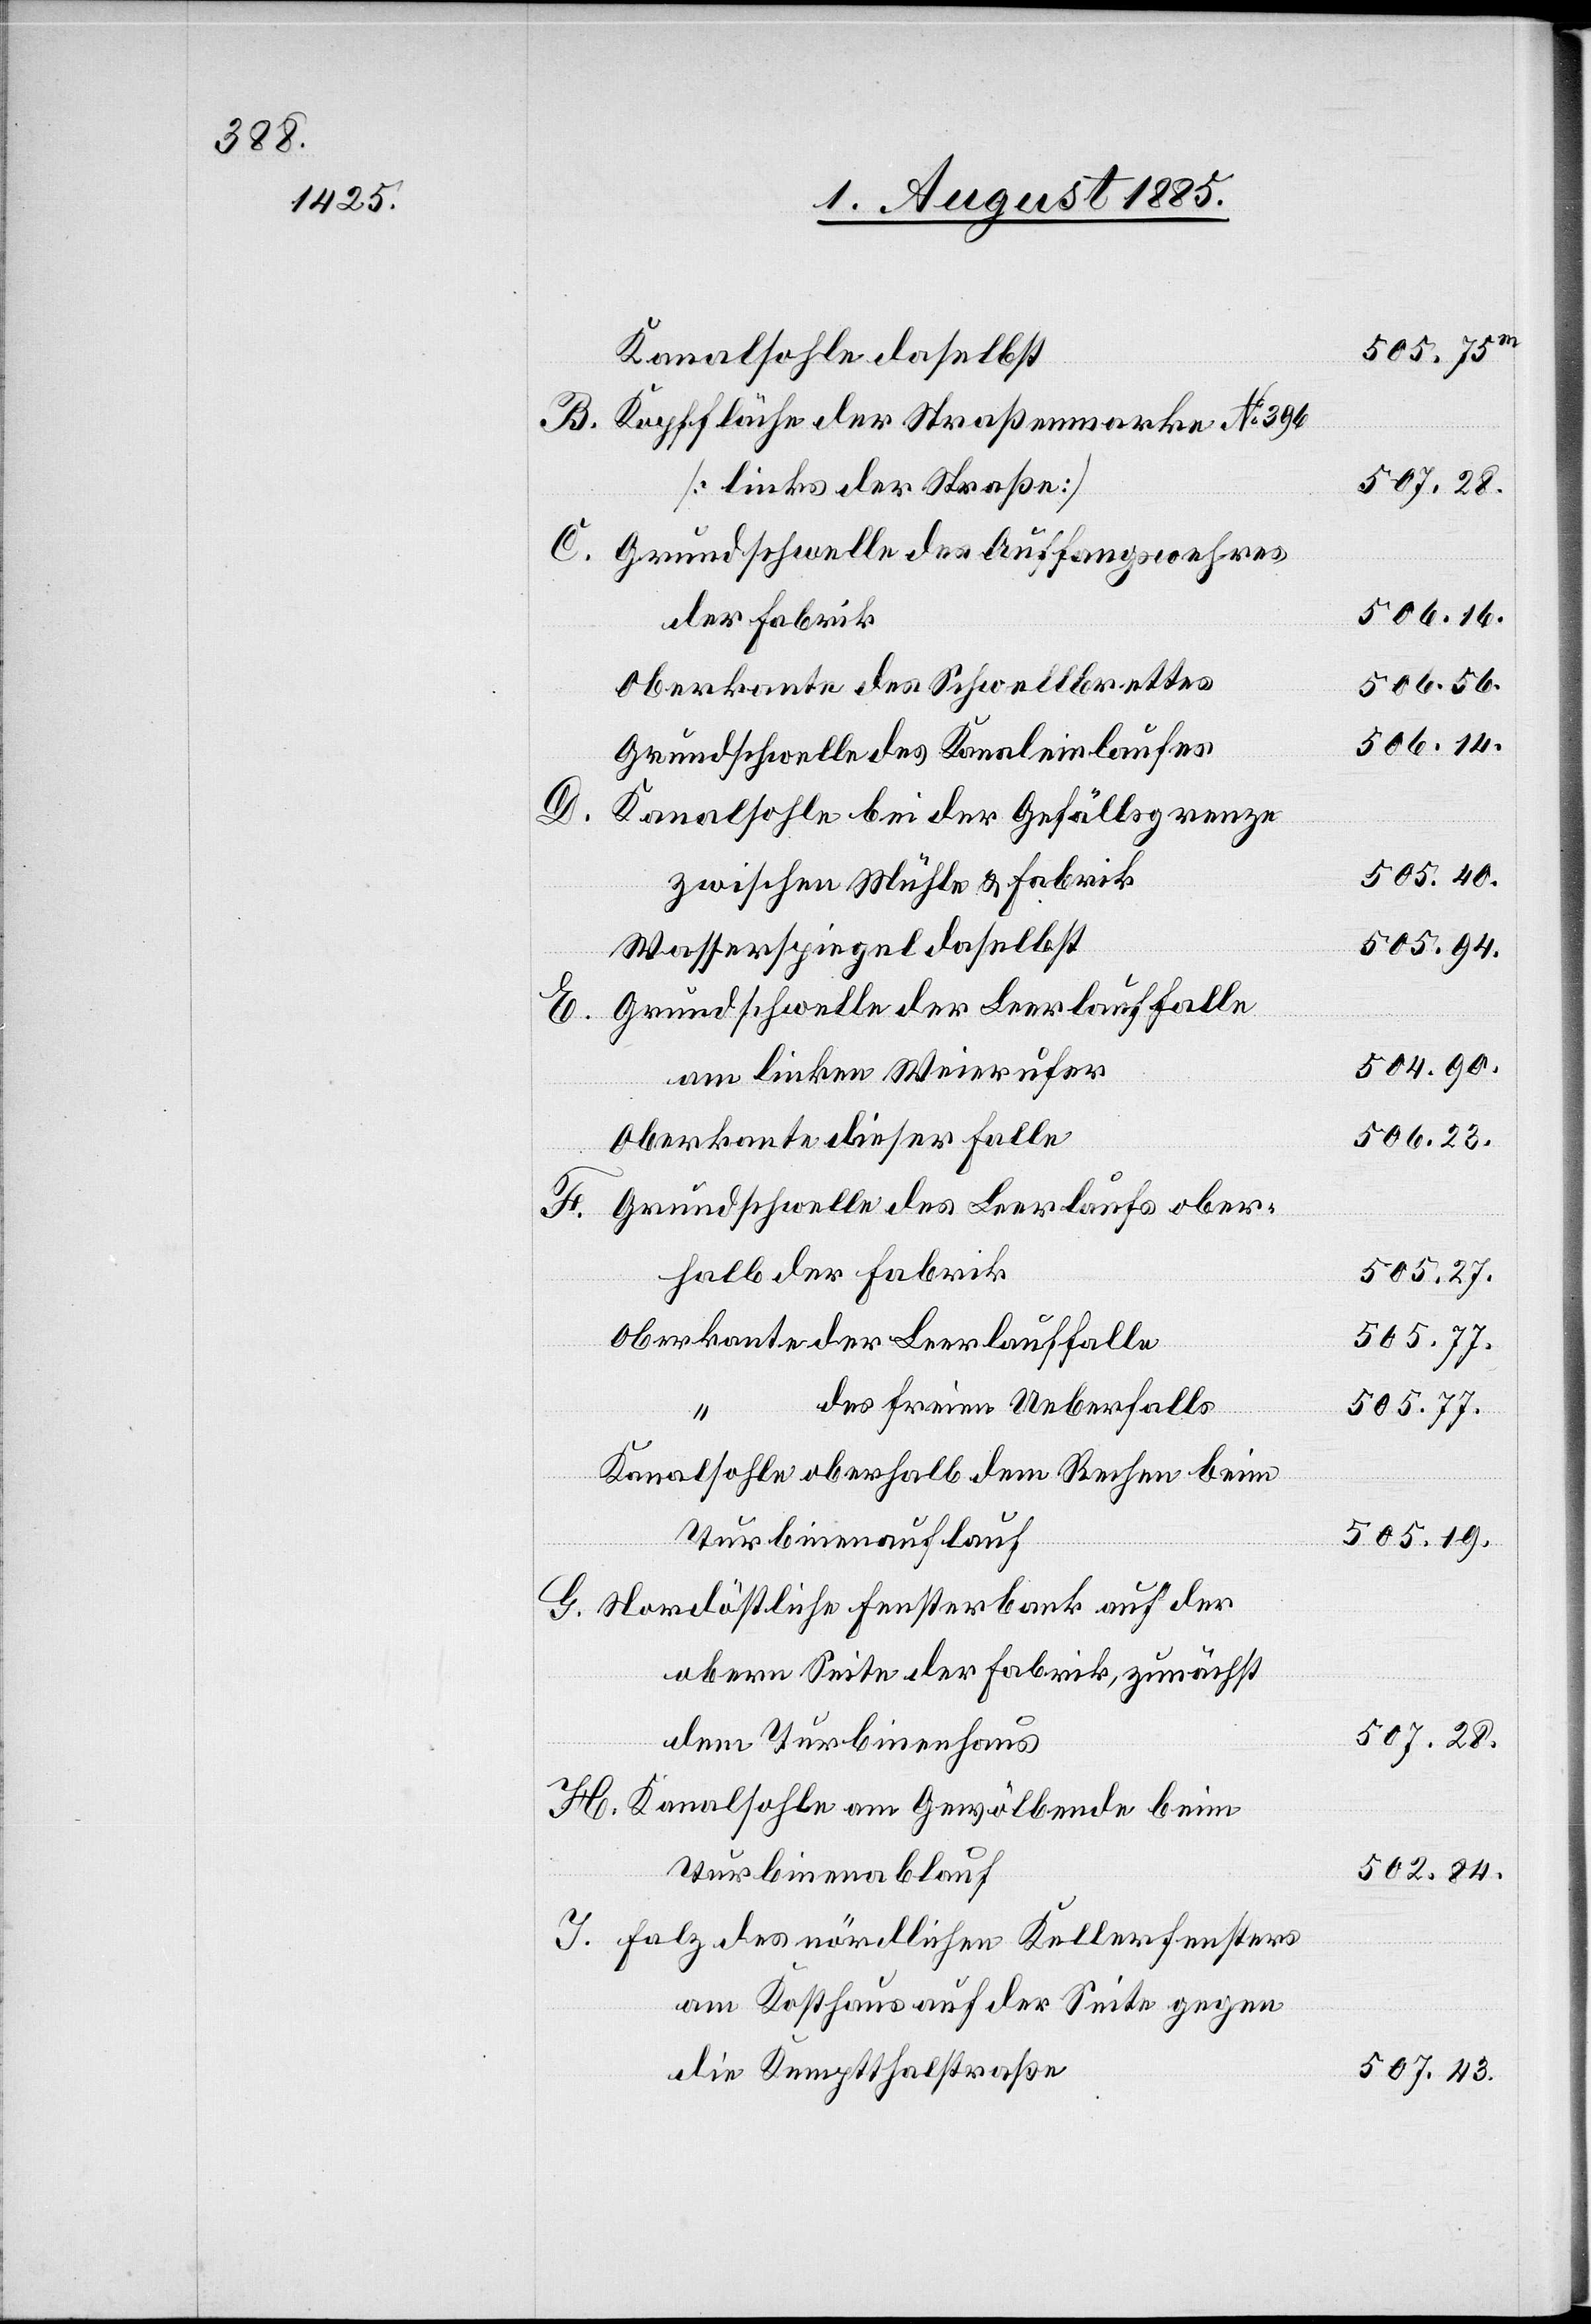
Kanalsohle daselbst
B.
Kopffläche der Straßenmarke No 396
[links der Straße]
Grundschwelle des Auffangswehres
der Fabrik
Oberkante des Schwellbrettes
Grundschwelle des Kanaleinlaufes
H.
Kanalsohle bei der Gefällsgrenze
zwischen Mühle & Fabrik
Wasserspiegel daselbst
Grundschwelle der Leerlauffalle
am linken Weierufer
der
Oberkante dieser Falle
Grundschwelle des Leerlaufs ober¬
halb der Fabrik
des freien Ueberfalls
Kanalsohle oberhalb dem Rechen beim
Turbinenauflauf
Nordöstliche Fensterbank auf der
obern Seite der Fabrik, zunächst
dem Turbinenhaus
Kanalsohle am Gewölbende beim
Turbinenablauf
Falz des nördlichen Kellerfensters
am Kosthaus auf der Seite gegen
die Kemptthalstraße

507.28.
506.14.
506.56.
505.40.
505.94.
504.90.
505.27.
505.77.
505.19.
502.84.
507.43.